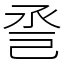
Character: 巹